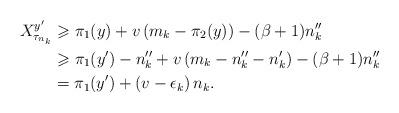
LaTeX: \begin{align*} X^{y'}_{\tau_{n_k}} &\geqslant \pi_1(y)+v\,(m_k-\pi_2(y))-(\beta+1)n_k''\\ &\geqslant \pi_1(y')-n_k''+v\,(m_k-n_k''-n_k')-(\beta+1)n_k''\\ &=\pi_1(y')+(v-\epsilon_k)\,n_k.\end{align*}